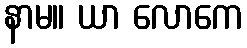
နာမ။ ယာ လောကေ